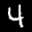
Label: 4